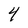
Character: 4